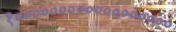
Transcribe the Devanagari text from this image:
१००००००००००००००००००